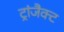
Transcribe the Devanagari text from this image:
ट्रांजैक्ट